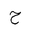
Letter: _ha